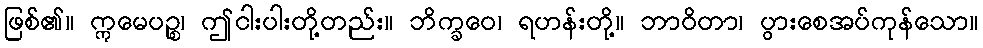
ဖြစ်၏။ ဣမေပဉ္စ၊ ဤငါးပါးတို့တည်း။ ဘိက္ခဝေ၊ ရဟန်းတို့။ ဘာဝိတာ၊ ပွားစေအပ်ကုန်သော။